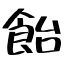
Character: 飴